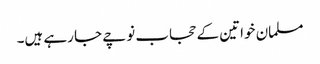
مسلمان خواتین کے حجاب نوچے جا رہے ہیں۔